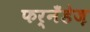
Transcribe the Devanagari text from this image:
फर्नॅंडेज़